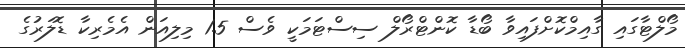
މޯލްޓާގައި ގާއިމްކޮށްފައިވާ ބޯޑާ ކޮންޓްރޯލް ސިސްޓަމަކީ ވެސް 1.5 މިލިއަން އެމެރިކާ ޑޮލަރުގެ